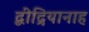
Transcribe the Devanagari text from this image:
द्बीद्रियानाह